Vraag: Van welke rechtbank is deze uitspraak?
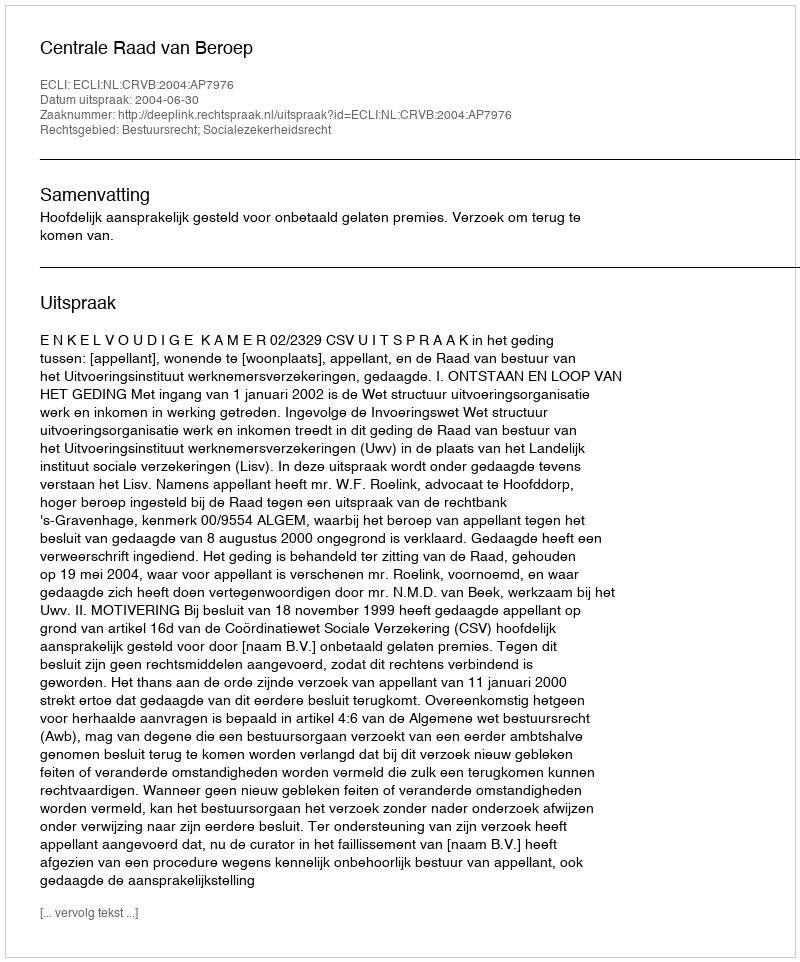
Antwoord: Centrale Raad van Beroep